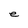
Character: e